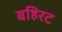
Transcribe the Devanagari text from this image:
बहिरट